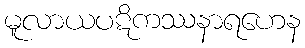
မူလာယပဋိကဿနာရဟေန